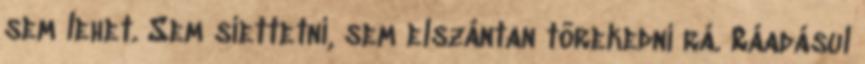
sem lehet. Sem siettetni, sem elszántan törekedni rá. Ráadásul